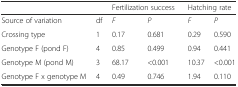
|  |  | <COLSPAN=2> Fertilization success | <COLSPAN=2> Hatching rate |
 | --- | --- | --- | --- | --- | --- |
 | Source of variation | df | F | P | F | P |
 | Crossing type | 1 | 0.17 | 0.681 | 0.29 | 0.590 |
 | Genotype F (pond F) | 4 | 0.85 | 0.499 | 0.94 | 0.441 |
 | Genotype M (pond M) | 3 | 68.17 | <0.001 | 10.37 | <0.001 |
 | Genotype F x genotype M | 4 | 0.49 | 0.746 | 1.94 | 0.110 |